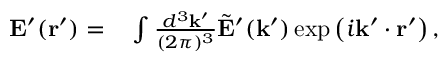
\begin{array} { r l } { \mathbf { E } ^ { \prime } ( \mathbf { r } ^ { \prime } ) = } & { { } \int \frac { d ^ { 3 } \mathbf { k ^ { \prime } } } { ( 2 \pi ) ^ { 3 } } \tilde { \mathbf { E } } ^ { \prime } ( \mathbf { k } ^ { \prime } ) \exp \left( i \mathbf { k } ^ { \prime } \cdot \mathbf { r } ^ { \prime } \right) , } \end{array}